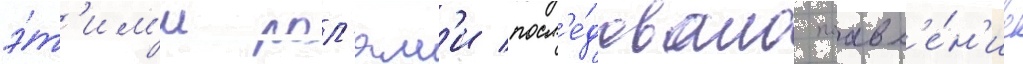
э́т'им'и рол'ям'и посл'е́довало поавл'е́н'ие